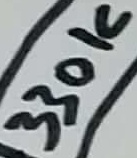
Text: 330K